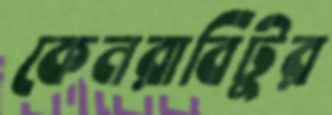
কেনরাবিটুর